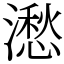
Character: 㵞